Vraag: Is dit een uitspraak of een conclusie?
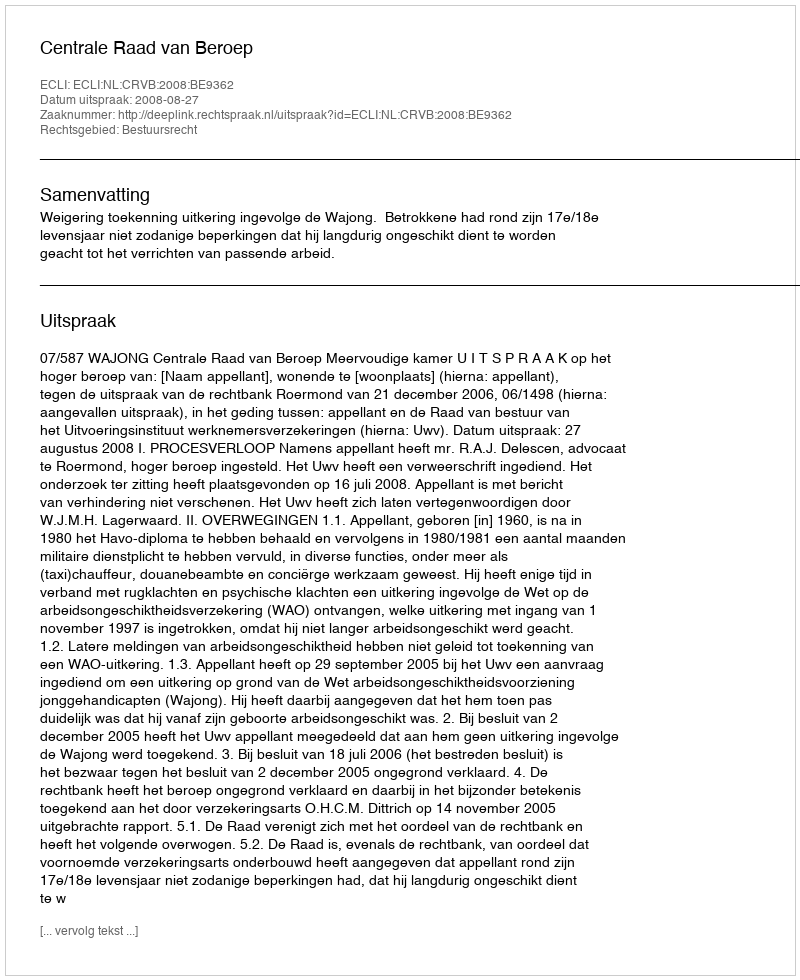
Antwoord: Uitspraak